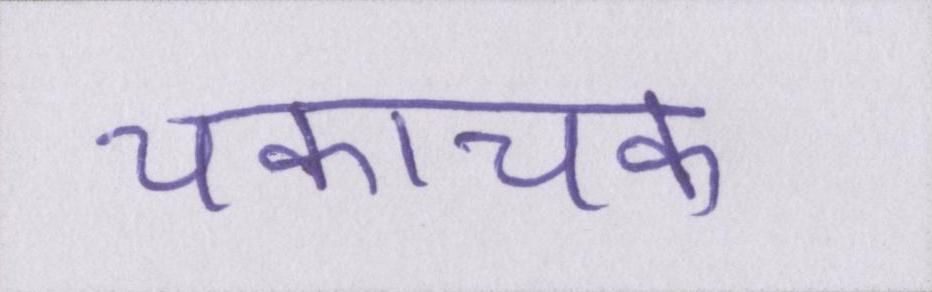
चकाचक